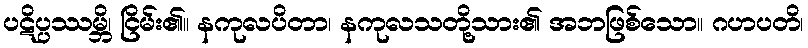
ပဋိပ္ပဿမ္ဘိ၊ ငြိမ်း၏။ နကုလပိတာ၊ နကုလသတို့သား၏ အဘဖြစ်သော။ ဂဟပတိ၊